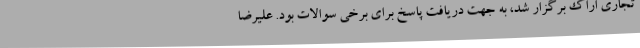
تجاری اراک برگزار شد، به جهت دریافت پاسخ برای برخی سوالات بود. علیرضا